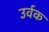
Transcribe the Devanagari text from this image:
उर्वक